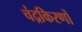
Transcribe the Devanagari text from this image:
चंद्रकिरणों